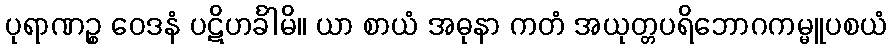
ပုရာဏဉ္စ ဝေဒနံ ပဋိဟင်္ခါမိ။ ယာ စာယံ အဓုနာ ကတံ အယုတ္တပရိဘောဂကမ္မူပစယံ